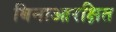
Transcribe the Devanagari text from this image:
बिनाआरक्षित